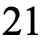
21